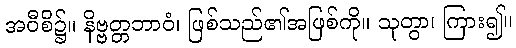
အဝီစိ၌။ နိဗ္ဗတ္တဘာဝံ၊ ဖြစ်သည်၏အဖြစ်ကို။ သုတွာ၊ ကြား၍။